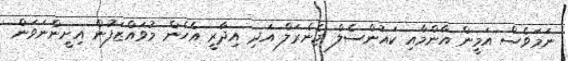
ނަމަވެސް އަމީން އާންމާއި ކައުންސެލް ޖެނެރަލް އަދި އިދާރީ އެހެން މުވައްޒަފުން އިށީންނަވަން